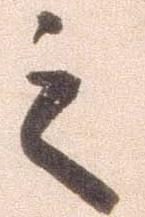
之